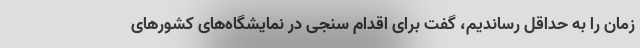
زمان را به حداقل رساندیم، گفت برای اقدام سنجی در نمایشگاه‌های کشورهای